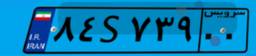
۸۴S۷۳۹۰۰